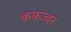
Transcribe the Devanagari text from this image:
कफज्वर